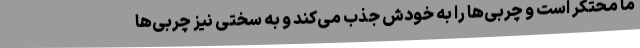
ما محتکر است و چربی‌ها را به خودش جذب می‌کند و به سختی نیز چربی‌ها